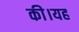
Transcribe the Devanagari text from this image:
की।यह